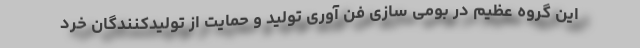
این گروه عظیم در بومی سازی فن آوری تولید و حمایت از تولیدكنندگان خرد